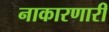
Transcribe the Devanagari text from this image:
नाकारणारी